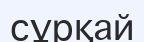
сұрқай